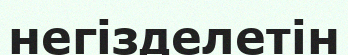
негізделетін